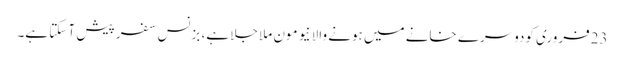
23فروری کودوسرے خانے میں ہونے والا نیو مون ملا جلا ہے، بزنس سفر پیش آ سکتا ہے۔